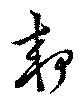
郊